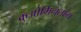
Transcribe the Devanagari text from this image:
कुओमिनतांग